Lunatic asylums Central Provinces reports 1895-1909 - 1895-1909
Year: 1895
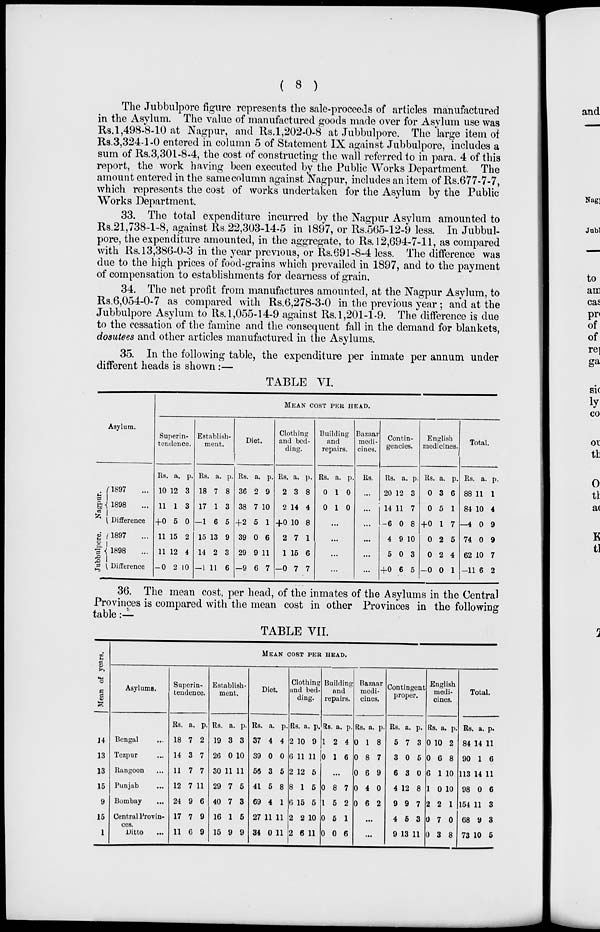
( 8 )
The Jubbulpore figure represents the sale-proceeds of articles manufactured
in the Asylum. The value of manufactured goods made over for Asylum use was
Rs. 1,498-8-10 at Nagpur, and Rs. 1,202-0-8 at Jubbulpore. The large item of
Rs.3,324-1-0 entered in column 5 of Statement IX against Jubbulpore, includes a
sum of Rs.3,301-8-4, the cost of constructing the wall referred to in para. 4 of this
report, the work having been executed by the Public Works Department. The
amount entered in the same column against Nagpur, includes an item of Rs.677-7-7,
which represents the cost of works undertaken for the Asylum by the Public
Works Department.
33. The total expenditure incurred by the Nagpur Asylum amounted to
Rs.21,738-1-8, against Rs. 22,303-14-5 in 1897, or Rs.565-12-9 less. In Jubbul-
pore, the expenditure amounted, in the aggregate, to Rs. 12,694-7-11, as compared
with Rs. 13,386-0-3 in the year previous, or Rs.691-8-4 less. The difference was
due to the high prices of food-grains which prevailed in 1897, and to the payment
of compensation to establishments for dearness of grain.
34. The net profit from manufactures amounted, at the Nagpur Asylum, to
Rs.6,054-0-7 as compared with Rs.6,278-3-0 in the previous year ; and at the
Jubbulpore Asylum to Rs. 1,055-14-9 against Rs. 1,201-1-9. The difference is due
to the cessation of the famine and the consequent fall in the demand for blankets,
dosutees and other articles manufactured in the Asylums.
35. In the following table, the expenditure per inmate per annum under
different heads is shown :—
TABLE VI.
Asylum.
Nagpur.
Jubbulpore.
1897 ...
1898 ...
Difference
1897 ...
1898 ...
Difference
MEAN COST PER HEAD.
Superin-
tendence.
Rs.
10
11
+0
11
11
—0
a.
12
1
5
15
12
2
p.
3
3
0
2
4
10
Establish-
ment.
Rs
18
17
—1
15
14
—1
a.
7
1
6
13
2
11
p.
8
3
5
9
3
6
Diet.
Rs.
36
38
+2
39
29
—9
a.
2
7
5
0
9
6
p.
9
10
1
6
11
7
Clothing
and bed-
ding.
Rs.
2
2
+0
2
1
—0
a.
3
14
10
7
15
7
p.
8
4
8
1
6
7
Building
and
repairs.
Rs.
0
0
a.
1
1
p.
0
0
...
...
...
...
Bazaar
medi-
cines.
Rs.
...
...
...
...
...
...
Contin-
gencies.
Rs.
20
14
—6
4
5
+0
a
12
11
0
9
0
6
p.
3
7
8
10
3
5
English
medicines.
Rs.
0
0
+0
0
0
—0
a.
3
5
1
2
2
0
p.
6
1
7
5
4
1
Total.
Rs
88
84
—4
74
62
—11
a.
11
10
0
0
10
6
p.
1
4
9
9
7
2
36. The mean cost, per head, of the inmates of the Asylums in the Central
Provinces is compared with the mean cost in other Provinces in the following
table:—
TABLE VII.
Mean of years.
14
13
13
15
9
15
1
MEAN COST PER HEAD.
Asylums.
Bengal ...
Tezpur ...
Rangoon ...
Punjab ...
Bombay ...
Central Provin-
----
Ditto ...
Superin-
tendence.
Rs.
18
14
11
12
24
17
11
a.
7
3
7
7
9
7
6
p.
2
7
7
11
6
9
9
Establish-
ment.
Rs.
19
26
30
29
40
16
15
a.
3
0
11
7
7
1
9
p.
3
10
11
5
3
5
9
Diet.
Rs.
37
39
56
41
69
27
34
a.
4
0
3
5
4
11
0
p.
4
0
5
8
1
11
11
Clothing
and bed-
ding.
Rs.
2
6
2
8
6
2
2
a.
10
11
12
1
15
2
6
p.
9
11
5
5
5
10
11
Building
and
repairs.
Rs.
1
0
a.
2
1
p.
4
6
...
0
1
0
0
8
5
5
0
7
2
1
6
Bazaar
medi-
cines.
Rs.
0
0
0
0
0
a.
1
8
6
4
6
p.
8
7
9
0
2
...
...
Contingent
proper.
Rs.
5
3
6
4
9
4
9
a.
7
0
3
12
9
5
13
p.
3
5
0
8
7
3
11
English
medi-
cines.
Rs.
0
0
6
1
2
0
0
a.
10
6
1
0
2
7
3
p.
2
8
10
10
1
0
8
Total.
Rs.
84
90
113
98
154
68
73
a.
14
1
14
0
11
9
10
p.
11
6
11
6
3
3
5